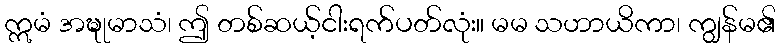
ဣမံ အဍ္ဎုမာသံ၊ ဤ တစ်ဆယ့်ငါးရက်ပတ်လုံး။ မမ သဟာယိကာ၊ ကျွန်မ၏